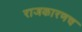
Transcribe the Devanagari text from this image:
राजकारणच